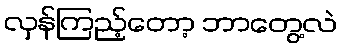
လှန်ကြည့်တော့ ဘာတွေ့လဲ